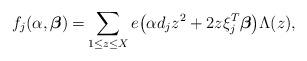
LaTeX: \begin{align*} f_j(\alpha,\boldsymbol{\beta})=& \sum_{\substack{1\le z\le X}} e\big(\alpha d_jz^2 +2z\xi_j^{T}\boldsymbol{\beta}\big)\Lambda(z),\end{align*}